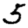
Digit: 5